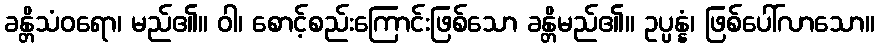
ခန္တိသံဝရော၊ မည်၏။ ဝါ၊ စောင့်စည်းကြောင်းဖြစ်သော ခန္တိမည်၏။ ဥပ္ပန္နံ၊ ဖြစ်ပေါ်လာသော။